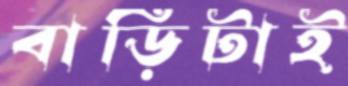
বাড়িটাই